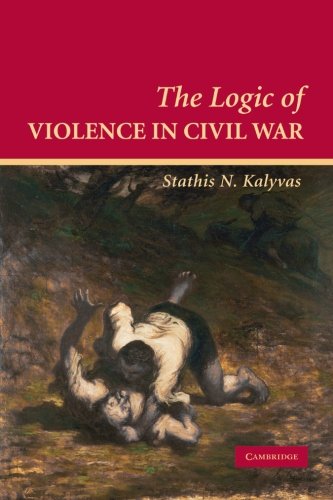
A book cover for The Logic of Violence in Civil War (Cambridge Studies in Comparative Politics); Stathis N. Kalyvas; Law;